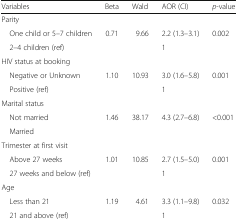
| Variables | Beta | Wald | AOR (CI) | p-value |
 | --- | --- | --- | --- | --- |
 | <COLSPAN=5> Parity |
 | One child or 5–7 children | 0.71 | 9.66 | 2.2 (1.3–3.1) | 0.002 |
 | 2–4 children (ref) |  |  | 1 |  |
 | <COLSPAN=5> HIV status at booking |
 | Negative or Unknown | 1.10 | 10.93 | 3.0 (1.6–5.8) | 0.001 |
 | Positive (ref) |  |  | 1 |  |
 | <COLSPAN=5> Marital status |
 | Not married | 1.46 | 38.17 | 4.3 (2.7–6.8) | <0.001 |
 | Married |  |  |  |  |
 | <COLSPAN=5> Trimester at first visit |
 | Above 27 weeks | 1.01 | 10.85 | 2.7 (1.5–5.0) | 0.001 |
 | 27 weeks and below (ref) |  |  | 1 |  |
 | <COLSPAN=5> Age |
 | Less than 21 | 1.19 | 4.61 | 3.3 (1.1–9.8) | 0.032 |
 | 21 and above (ref) |  |  | 1 |  |